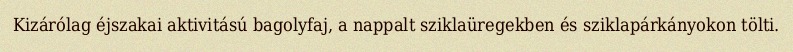
Kizárólag éjszakai aktivitású bagolyfaj, a nappalt sziklaüregekben és sziklapárkányokon tölti.